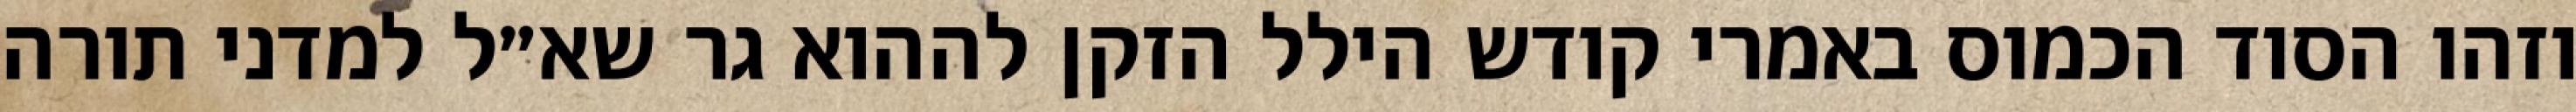
וזהו הסוד הכמוס באמרי קודש הילל הזקן לההוא גר שא״ל למדני תורה